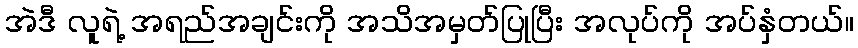
အဲဒီ လူရဲ့ အရည်အချင်းကို အသိအမှတ်ပြုပြီး အလုပ်ကို အပ်နှံတယ်။